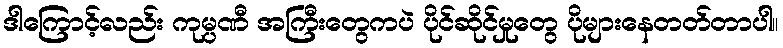
ဒါကြောင့်လည်း ကုမ္ပဏီ အကြီးတွေကပဲ ပိုင်ဆိုင်မှုတွေ ပိုများနေတတ်တာပါ။